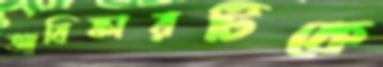
আবিষ্কারটিকে